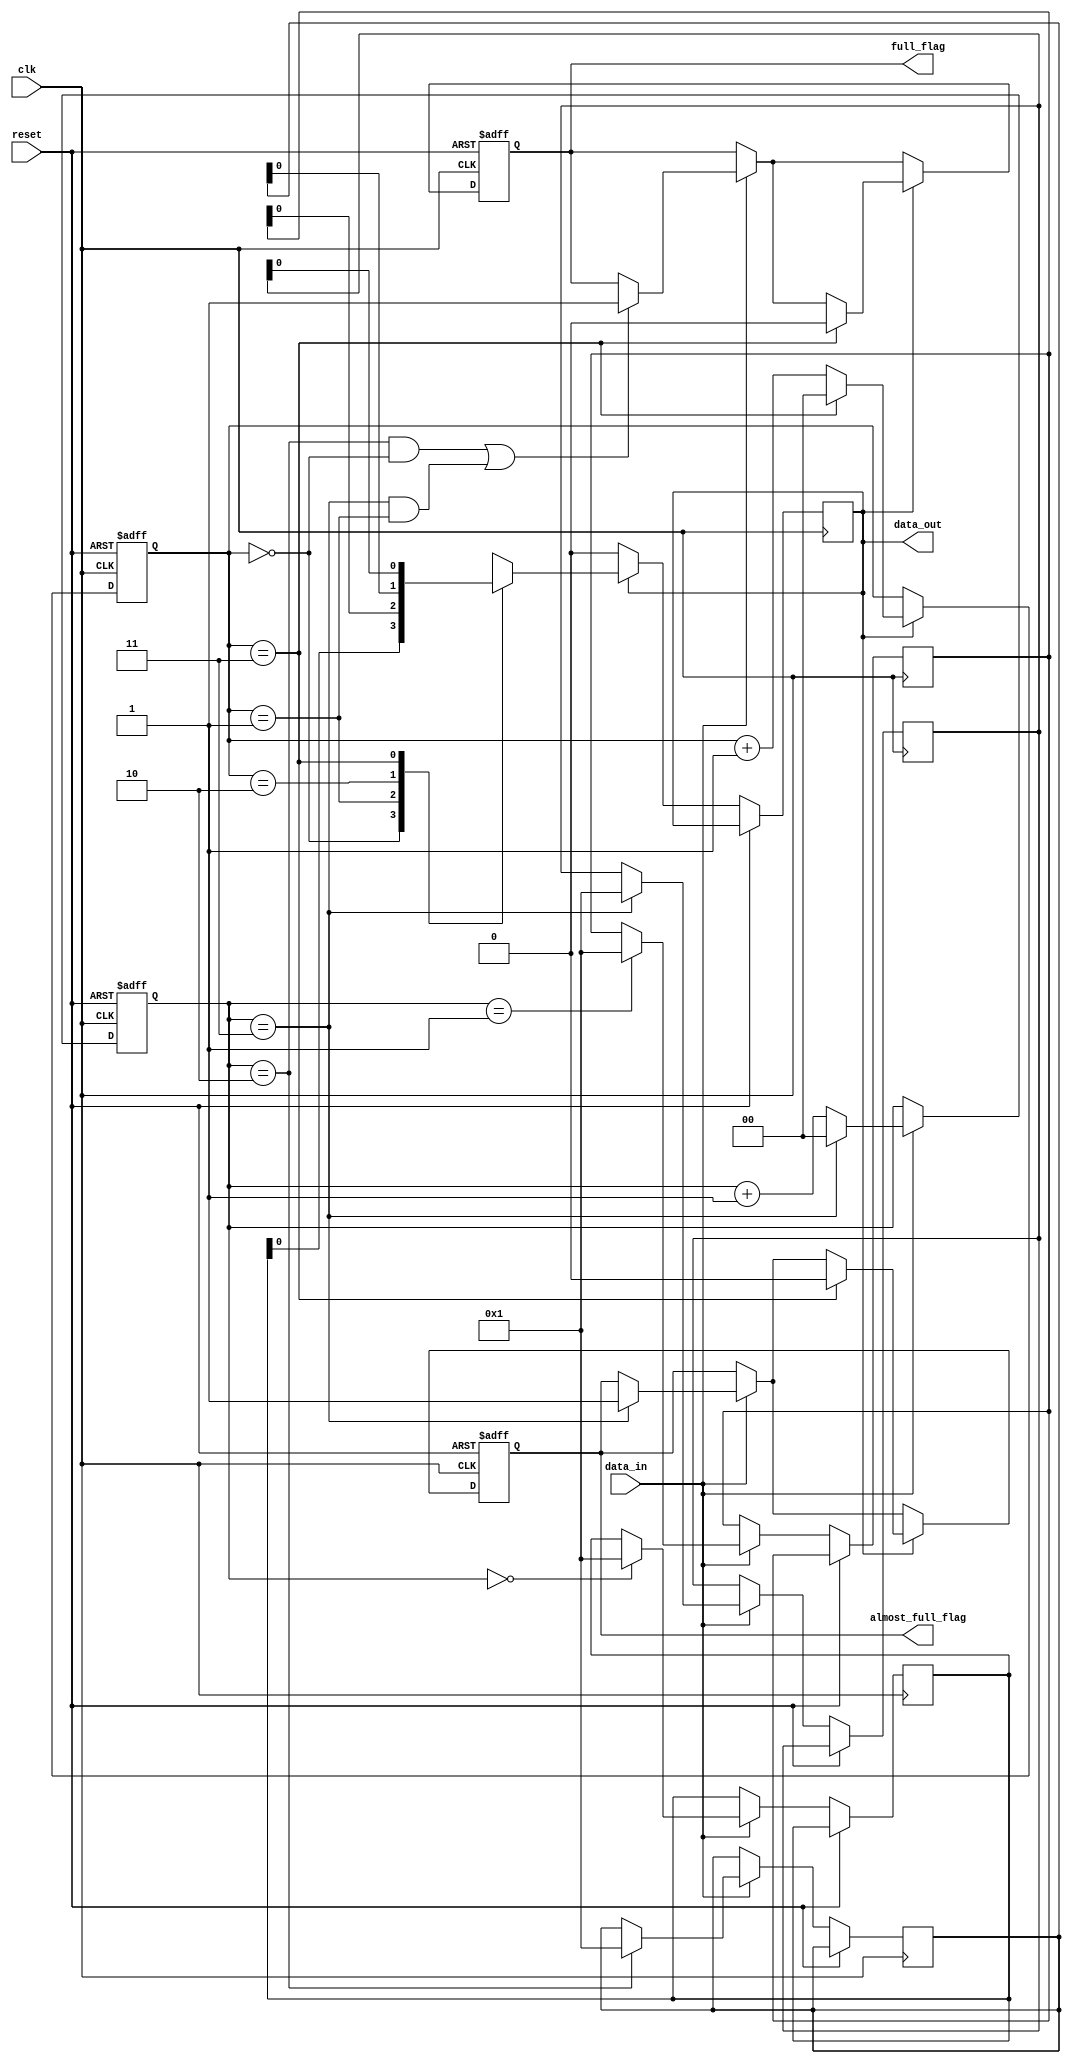
module almost_full_fifo(
    input wire clk,
    input wire reset,
    input wire data_in,
    output wire data_out,
    output reg full_flag,
    output reg almost_full_flag
);

reg [7:0] buffer [0:3];
reg [1:0] write_pointer;
reg [1:0] read_pointer;

always @ (posedge clk or posedge reset) begin
    if (reset) begin
        write_pointer <= 0;
        read_pointer <= 0;
        full_flag <= 0;
        almost_full_flag <= 0;
    end else begin
        if (data_in) begin
            buffer[write_pointer] <= data_in;
            write_pointer <= write_pointer + 1;
            if (write_pointer == 3) begin
                write_pointer <= 0;
                almost_full_flag <= 1;
            end
            if ((write_pointer == 2 && read_pointer == 0) || 
                (write_pointer == 3 && read_pointer == 1)) begin
                full_flag <= 1;
            end
        end
        if (data_out) begin
            data_out <= buffer[read_pointer];
            read_pointer <= read_pointer + 1;
            if (read_pointer == 3) begin
                read_pointer <= 0;
                full_flag <= 0;
                almost_full_flag <= 0;
            end
        end
    end
end

endmodule